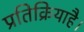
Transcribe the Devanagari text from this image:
प्रतिक्रियाहै।